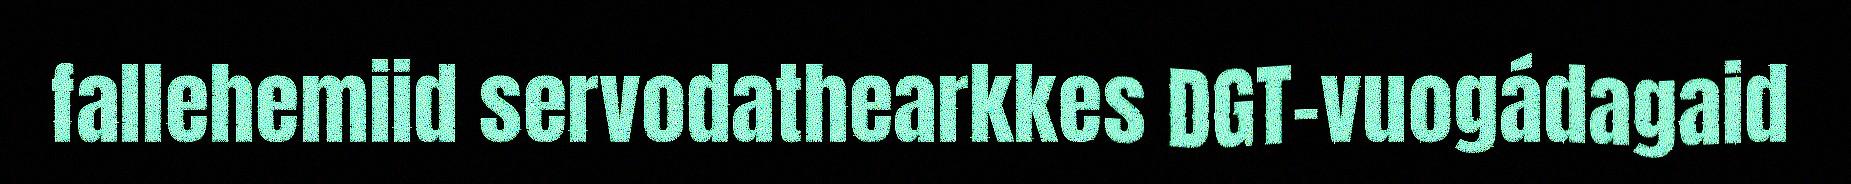
fallehemiid servodathearkkes DGT-vuogádagaid